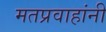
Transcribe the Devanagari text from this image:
मतप्रवाहांनी